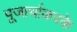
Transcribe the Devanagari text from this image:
पूजार्चाकरके